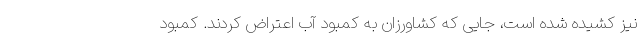
نیز کشیده شده است، جایی که کشاورزان به کمبود آب اعتراض کردند. کمبود